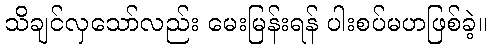
သိချင်လှသော်လည်း မေးမြန်းရန် ပါးစပ်မဟဖြစ်ခဲ့။